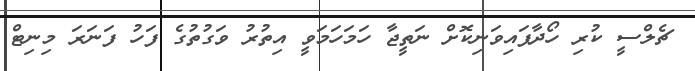
ޗެލްސީ ކުރި ހޯދާފައިވަނިކޮށް ނަތީޖާ ހަމަހަމަވީ އިތުރު ވަގުތުގެ ފަހު ފަނަރަ މިނިޓް